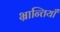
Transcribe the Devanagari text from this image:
भ्रान्तियाँ